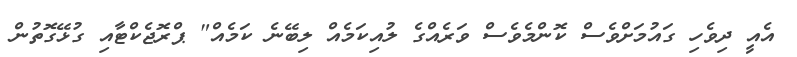
އެއީ ދިވެހި ގައުމަށްވެސް ކޮންމެވެސް ވަރެއްގެ ލުއިކަމެއް ލިބޭނެ ކަމެއް" ޕްރޮޖެކްޓާއި ގުޅޭގޮތުން